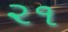
૨૧